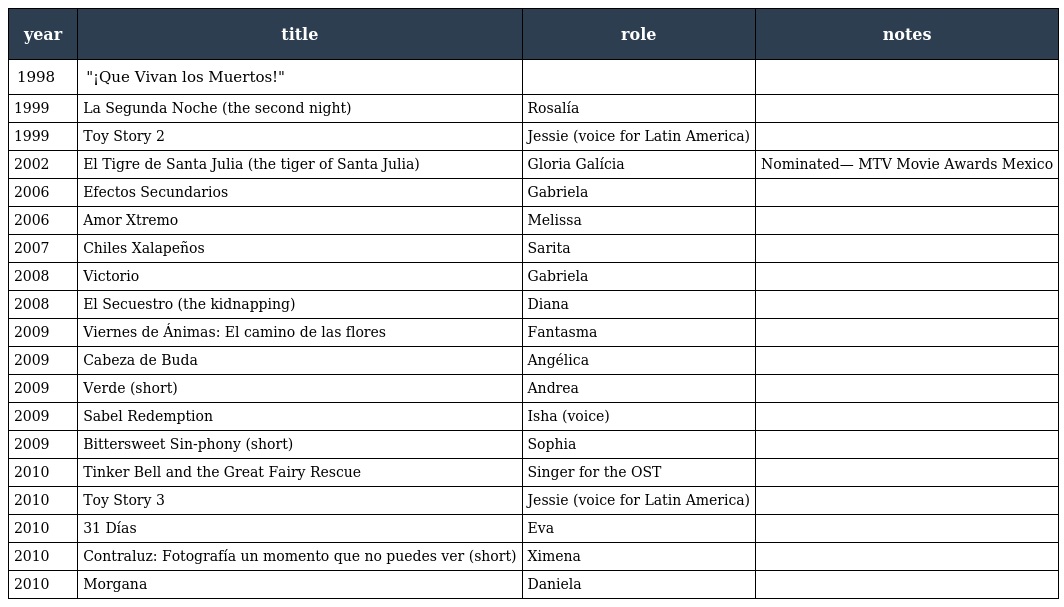
| year | title | role | notes |
 | --- | --- | --- | --- |
 | 1998 | "¡Que Vivan los Muertos!" |  |  |
 | 1999 | La Segunda Noche (the second night) | Rosalía |  |
 | 1999 | Toy Story 2 | Jessie (voice for Latin America) |  |
 | 2002 | El Tigre de Santa Julia (the tiger of Santa Julia) | Gloria Galícia | Nominated— MTV Movie Awards Mexico |
 | 2006 | Efectos Secundarios | Gabriela |  |
 | 2006 | Amor Xtremo | Melissa |  |
 | 2007 | Chiles Xalapeños | Sarita |  |
 | 2008 | Victorio | Gabriela |  |
 | 2008 | El Secuestro (the kidnapping) | Diana |  |
 | 2009 | Viernes de Ánimas: El camino de las flores | Fantasma |  |
 | 2009 | Cabeza de Buda | Angélica |  |
 | 2009 | Verde (short) | Andrea |  |
 | 2009 | Sabel Redemption | Isha (voice) |  |
 | 2009 | Bittersweet Sin-phony (short) | Sophia |  |
 | 2010 | Tinker Bell and the Great Fairy Rescue | Singer for the OST |  |
 | 2010 | Toy Story 3 | Jessie (voice for Latin America) |  |
 | 2010 | 31 Días | Eva |  |
 | 2010 | Contraluz: Fotografía un momento que no puedes ver (short) | Ximena |  |
 | 2010 | Morgana | Daniela |  |